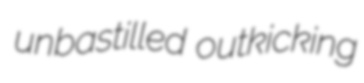
unbastilled outkicking